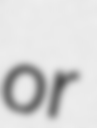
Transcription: or